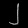
Digit: ၂